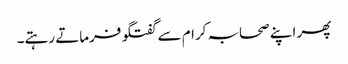
پھر اپنے صحابہ کرام سے گفتگو فرماتے رہتے۔